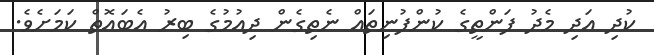
ކުދި އަދި މެދު ފަންތީގެ ކުންފުނިތައް ނެތިގެން ދިއުމުގެ ބިރު އެބައޮތް ކަމަށެވެ.